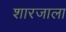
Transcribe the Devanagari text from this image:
शारजाला